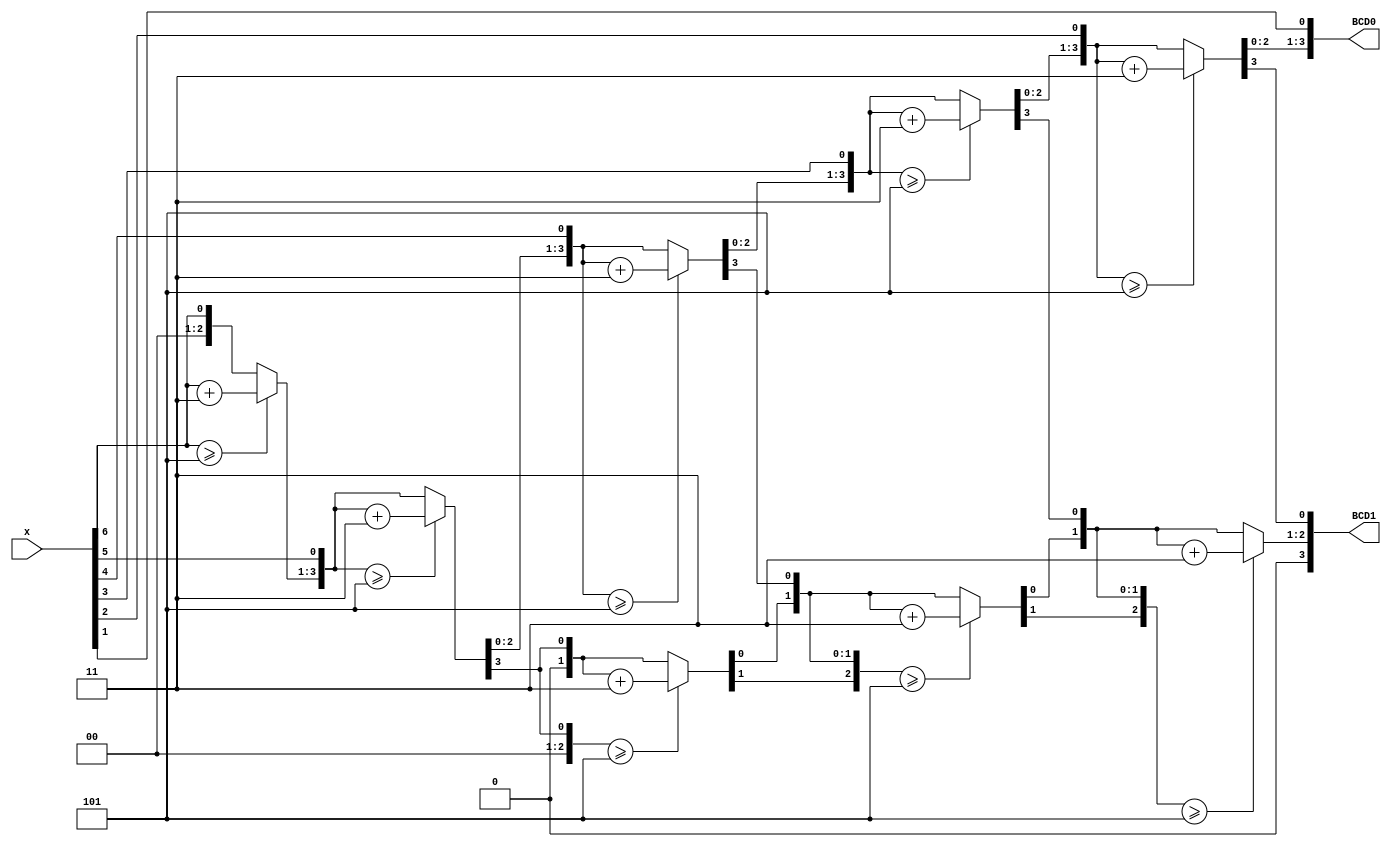
// Design Name : bin2bcd_7
// Function : convert 7-bit binary number x to two BCD digits
// Version: 1.0 (20 Nov 2020)
//---------------------------------------------------
//ALGORITHM: (See explanation on course webpage)
//   Shift binary number x left by one bit into temporary register 'result'
//   If bottom 4 bits of result  >= 5
//		add 3 (only once)
//   Continue shifting x into result until all bit in x have been processed


module bin2bcd_7(x, BCD0, BCD1);
	input[6:0] x;			// value ot be converted
	output reg[3:0] BCD0, BCD1;  // BCD digits
	
	 // Concatenation of input and output
   reg [14:0] result;  // no of bits = no_of_bit of x + 4* no of digits
   integer i;
   
   always @(*)
   begin
      result[14:0] = 0;
      result[6:0] = x;

      for (i=0; i<7; i=i+1) 
		begin
			// Check if unit digit >= 5
         if (result[11:8] >= 5)
            result[11:8] = result[11:8] + 4'd3;
				
         // Check if ten digita >= 5
         if (result[14:12] >= 5)
            result[14:12] = result[14:12] + 4'd3;

			// Shift everything left
         result = result << 1;
      end
      
      // Decode output from result
      BCD0 = result[11:8];
		BCD1 = {1'b0,result[14:12]};		
   end
	
endmodule